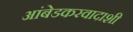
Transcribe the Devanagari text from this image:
आंबेडकरवादाशी